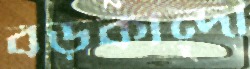
বড়কান্দা